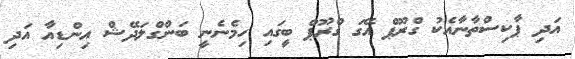
އަދި ޕާކިސްތާނާއެކު ގްރޫޕް އޭގަ ގްރޫޕް ބީގައި ހިމެނެނީ ބަންގްލަދޭޝް އިންޑިއާ އަދި